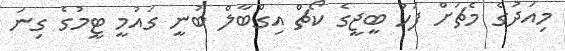
މިއަދުގެ މެޗަށް ފަހު ބީޖީގެ ކޯޗް އިގްބާލް ބުނީ ގައުމީ ޓީމުގެ ގިނަ